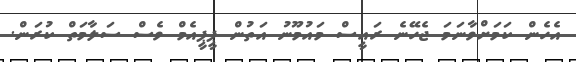
އެހެން ކަމަށްވާނަމަ ޖެހޭނެ ރައީސް މައުމޫނު އަތުން ޕީޕީއެމް ވެސް ސަލާމަތް ކުރަން.